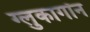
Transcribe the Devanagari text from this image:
ग्लुकागॉन